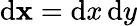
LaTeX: \mathrm{d}\mathbf{x}=\mathrm{d}x\, \mathrm{d}y